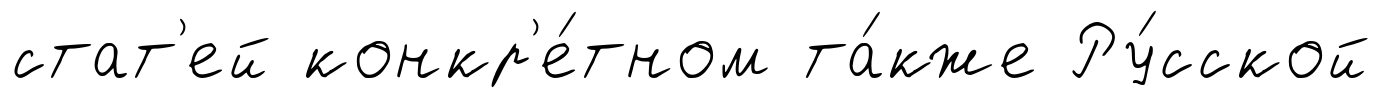
стат'ей конкр'е́тном та́кже Ру́сской